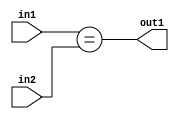
`timescale 1ps / 1ps
/*****************************************************************************
    Verilog RTL Description
    
    
    Created by: Stratus DpOpt 21.05.01 
*******************************************************************************/

module SobelFilter_Equal_5Ux2U_1U_4 (
	in2,
	in1,
	out1
	); /* architecture "behavioural" */ 
input [4:0] in2;
input [1:0] in1;
output  out1;
wire  asc001;

assign asc001 = (in1==in2);

assign out1 = asc001;
endmodule

/* CADENCE  urn5TAA= : u9/ySxbfrwZIxEzHVQQV8Q== ** DO NOT EDIT THIS LINE ******/